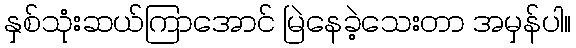
နှစ်သုံးဆယ်ကြာအောင် မြဲနေခဲ့သေးတာ အမှန်ပါ။